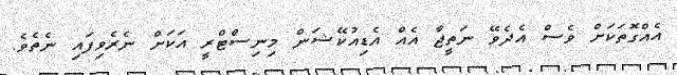
އެއްގޮތަކަށް ވެސް އެދެވޭ ނަތީޖާ އެއް އެޑިއުކޭޝަން މިނިސްޓްރީ އަކަށް ނެރެވިފައި ނެތެެވެ.